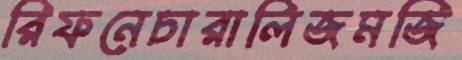
রিফনেচারালিজমজি